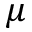
\mu